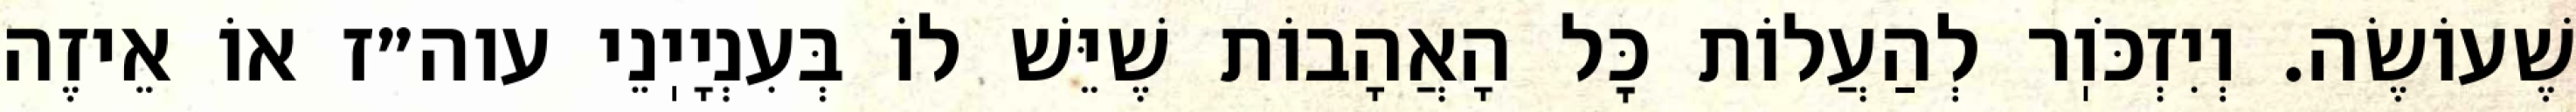
שֶׁעוֹשֶׂה. וְיִזְכֹּוֽר לְהַעֲלוֹת כׇּל הָאֲהָבוֹת שֶׁיֵּשׁ לוֹ בְּעִנְיָיֽנֵי עוה״ז אוֹ אֵיזֶה